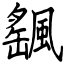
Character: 颻